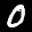
Label: 0